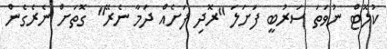
ކުލޮޓް ނުވަތަ ސަރުބީ ފަށަލަ "ރޮދި ފަށެއް ދަމާ ނެރޭ" ގޮތަށް ނެރެގެން